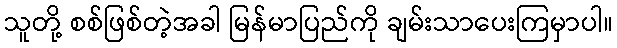
သူတို့ စစ်ဖြစ်တဲ့အခါ မြန်မာပြည်ကို ချမ်းသာပေးကြမှာပါ။